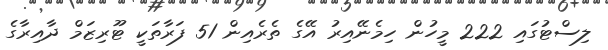
ލިސްޓުގައި 222 މީހުން ހިމެނޭއިރު އޭގެ ތެރެއިން 51 ފަރާތަކީ ޓޫރިޒަމް ދާއިރާގެ